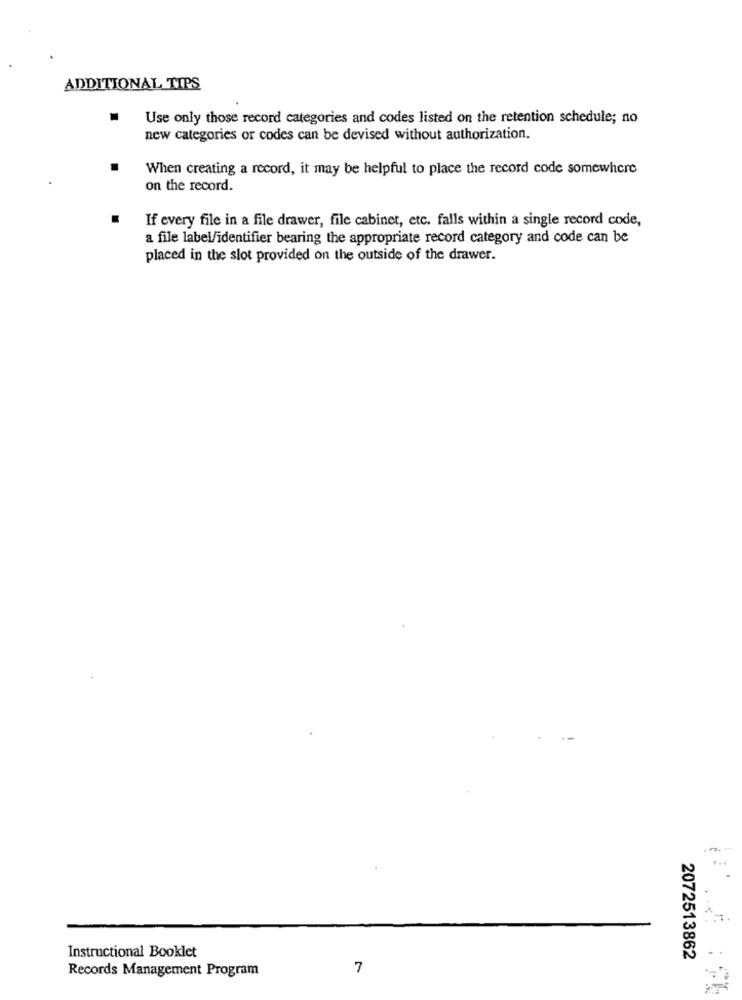
ADDITIONAL TIPS
Use only those record categories and codes listed on the retention schedule; no
new categories or codes can be devised without authorization.
When creating a record, it may be helpful to place the record code somewhere
on the record.
If every file in a file drawer, file cabinet, etc. falls within a single record code,
a file label/identifier bearing the appropriate record category and code can be
placed in the slot provided on the outside of the drawer.
Instructional Booklet
2072513862
Records Management Program
7